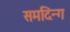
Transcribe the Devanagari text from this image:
समदिन्ग